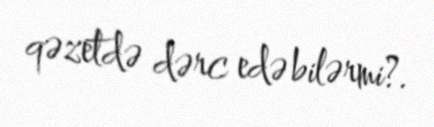
qəzetdə dərc edə bilərmi?.